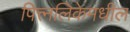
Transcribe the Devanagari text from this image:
पित्त्नलिकेमधील